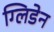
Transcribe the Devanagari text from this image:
ग्लिडेन